Indian journal of veterinary science and animal husbandry - Volume 8,
Year: 1938
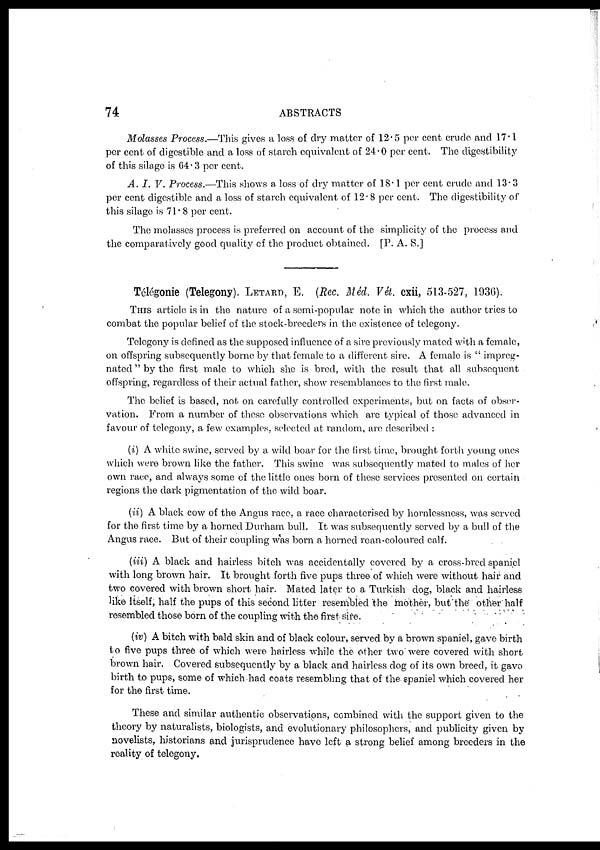
74
ABSTRACTS
Molasses Process.—This gives a loss of dry matter of 12.5 per cent crude and 17.1
per cent of digestible and a loss of starch equivalent of 24.0 per cent. The digestibility
of this silage is 64.3 per cent.
A. I. V. Process.—This shows a loss of dry matter of 18.1 per cent crude and 13.3
per cent digestible and a loss of starch equivalent of 12.8 per cent. The digestibility of
this silage is 71.8 per cent.
The molasses process is preferred on account of the simplicity of the process and
the comparatively good quality of the product obtained. [P. A. S.]
Télégonie (Telegony). LETARD, E. (Rec. Méd. Vét. cxii, 513-527, 1936).
THIS article is in the nature of a semi-popular note in which the author tries to
combat the popular belief of the stock-breeders in the existence of telegony.
Telegony is defined as the supposed influence of a sire previously mated with a female,
on offspring subsequently borne by that female to a different sire. A female is " impreg-
nated " by the first male to which she is bred, with the result that all subsequent
offspring, regardless of their actual father, show resemblances to the first male.
The belief is based, not on carefully controlled experiments, but on facts of obser-
vation. From a number of these observations which are typical of those advanced in
favour of telegony, a few examples, selected at random, are described :
(i) A white swine, served by a wild boar for the first time, brought forth young ones
which were brown like the father. This swine was subsequently mated to males of her
own race, and always some of the little ones born of these services presented on certain
regions the dark pigmentation of the wild boar.
(ii) A black cow of the Angus race, a race characterised by hornlessness, was served
for the first time by a horned Durham bull. It was subsequently served by a bull of the
Angus race. But of their coupling was born a horned roan-coloured calf.
(iii) A black and hairless bitch was accidentally covered by a cross-bred spaniel
with long brown hair. It brought forth five pups three of which were without hair and
two covered with brown short hair. Mated later to a Turkish dog, black and hairless
like itself, half the pups of this second litter resembled the mother, but the other half
resembled those born of the coupling with the first sire.
(iv) A bitch with bald skin and of black colour, served by a brown spaniel, gave birth
to five pups three of which were hairless while the other two were covered with short
brown hair. Covered subsequently by a black and hairless dog of its own breed, it gave
birth to pups, some of which had coats resembling that of the spaniel which covered her
for the first time.
These and similar authentic observations, combined with the support given to the
theory by naturalists, biologists, and evolutionary philosophers, and publicity given by
novelists, historians and jurisprudence have left a strong belief among breeders in the
reality of telegony.